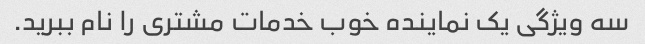
سه ویژگی یک نماینده خوب خدمات مشتری را نام ببرید.